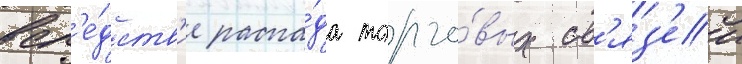
всл'е́дств'ие распа́да торго́вых св'яз'еи